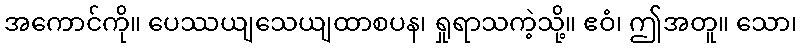
အကောင်ကို။ ပေဿယျသေယျထာစပန၊ ရှုရာသကဲ့သို့။ ဧဝံ၊ ဤအတူ။ သော၊